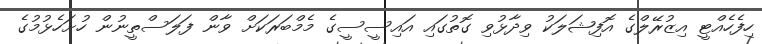
ހިފެހެއްޓީ އިޒުރޭލްގެ އޮފިޝަލަކު ވިދާޅުވި ގޮތުގައި އައިސީސީގެ މެމްބަރަކަށް ވާން ފަލަސްތީނުން ހުށަހެޅުމުގެ